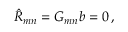
\hat { R } _ { m n } = { \cal G } _ { m n } b = 0 \, ,